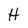
Character: H